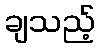
ချသည့်